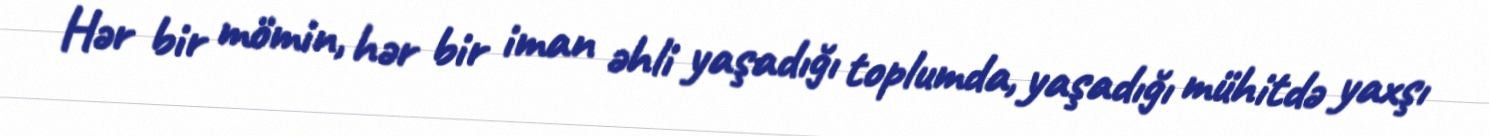
Hər bir mömin, hər bir iman əhli yaşadığı toplumda, yaşadığı mühitdə yaxşı